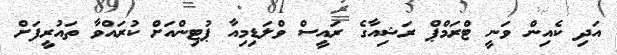
އަދި ކެއިން ވަނީ ޓްރަމްޕް ރަޝިއާގެ ރައީސް ވްލަޑިމިއާ ޕުޓިންއަށް ކުރައްވާ ތައުރީފަށް